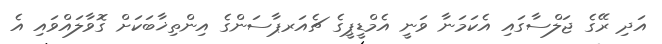
އަދި ރޭގެ ޖަލްސާގައި އެކަމަނާ ވަނީ އެމްޑީޕީގެ ޗެއަރޕާސަންގެ އިންތިޚާބަކަށް ގޮވާލައްވައި އެ